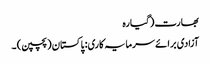
بھارت (گیارہ
آزادی برائے سرمایہ کاری: پاکستان (پچپن) ۔